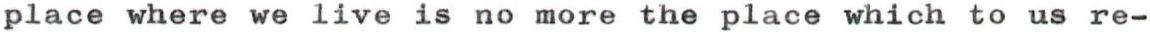
place where we live is no more the place which to us re-